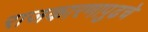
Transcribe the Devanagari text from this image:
राजकारणापुढचे